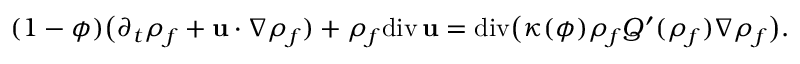
( 1 - \phi ) \big ( \partial _ { t } { \rho } _ { f } + { \bf u } \cdot \nabla { \rho } _ { f } ) + { \rho } _ { f } \mathrm { d i v } \, { \bf u } = \mathrm { d i v } \big ( \kappa ( \phi ) { \rho } _ { f } { Q } ^ { \prime } ( { \rho } _ { f } ) \nabla { \rho } _ { f } \big ) .